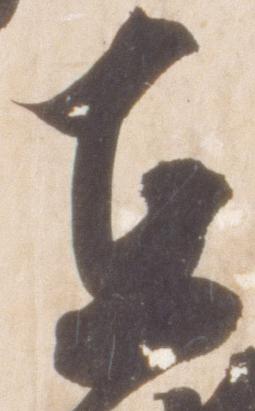
在